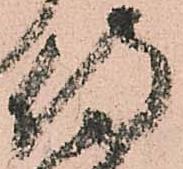
侍